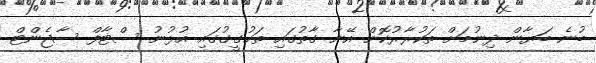
ބުނެ ބަޔާން ދިނުމަށް ތަކުރާރުކޮށް އޭނާ ގާތުގައި ތަހުގީގުގައި އުޅުނު ސްޓާފް ސާޖެންޓް